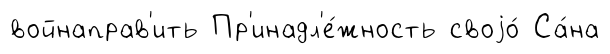
войнаправ'ить Пр'инадл'е́жность своjо́ Са́на